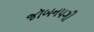
જૉબનપગી